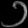
Digit: ၁